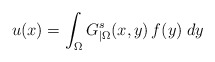
\begin{align*}u(x)=\int_\Omega G_{|\Omega}^s(x,y)\,f(y)\;dy\end{align*}